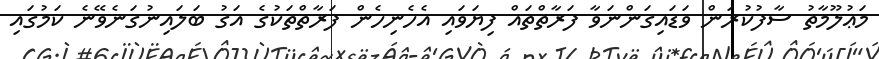
މަޢުލޫމާތު ސާފުކުރަން ވަޑައިގަންނަވާ ފަރާތްތައް ފިޔަވައި އެހެނިހެން ފަރާތްތަކުގެ އަގު ބަލައިނުގަނެވޭނެ ކަމުގައި